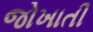
જોખાતી